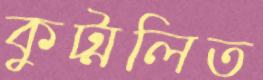
কুট্মলিত